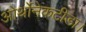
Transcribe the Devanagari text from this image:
ओर्थोनेकटीडा।